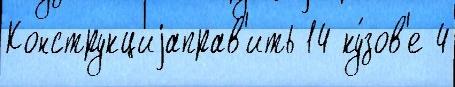
Конструкциjаправ'ить 14 ку́зов'е 4